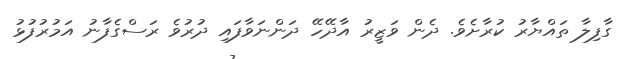
ގާފިލާ ތައްޔާރު ކުރާށެވެ. ދެން ވަޒީރު އާދޭހޭ ދަންނަވާފައި ދުރުވެ ރަސްގެފާނު އަމުރުފުޅު